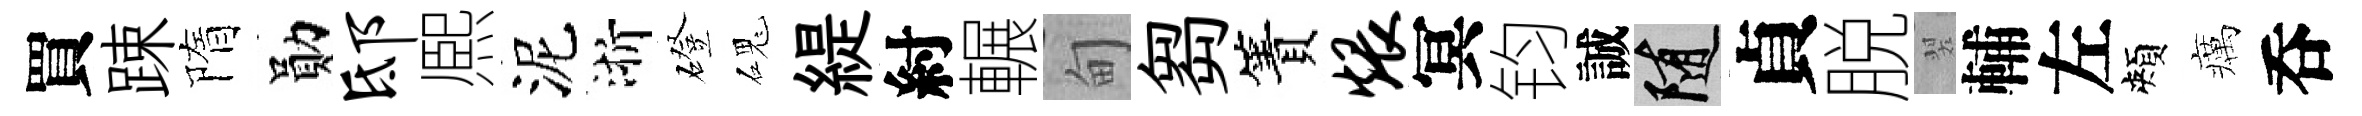
買踈隋勛邸熈泥浙磴磈緹紂輾甸芻簀煨冥钧誠隨貞脱翠輔左頰癘呑